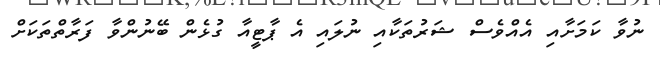
ނުވާ ކަމަށާއި އެއްވެސް ޝަރުތަކާއި ނުލައި އެ ޕާޓީއާ ގުޅެން ބޭނުންވާ ފަރާތްތަކަށް